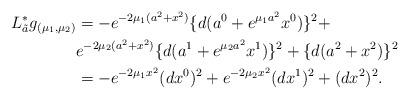
LaTeX: \begin{align*} L_{\tilde{a}}^{\ast}g_{(\mu_1,\mu_2)}&=-e^{-2\mu_1(a^2+x^2)}\{d(a^0+e^{\mu_1a^2}x^0)\}^2+\\ &e^{-2\mu_2(a^2+x^2)}\{d(a^1+e^{\mu_2a^2}x^1)\}^2+\{d(a^2+x^2)\}^2\\ &=-e^{-2\mu_1x^2}(dx^0)^2+e^{-2\mu_2x^2}(dx^1)^2+(dx^2)^2.\end{align*}